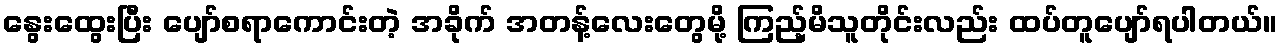
နွေးထွေးပြီး ပျော်စရာကောင်းတဲ့ အခိုက် အတန့်လေးတွေမို့ ကြည့်မိသူတိုင်းလည်း ထပ်တူပျော်ရပါတယ်။